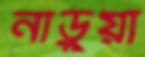
নাড়ুয়া